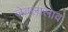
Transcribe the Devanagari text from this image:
जेवलालाव